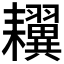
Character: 𦔫